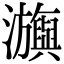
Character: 㶛